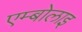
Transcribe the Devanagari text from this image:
एम्बोलाइ